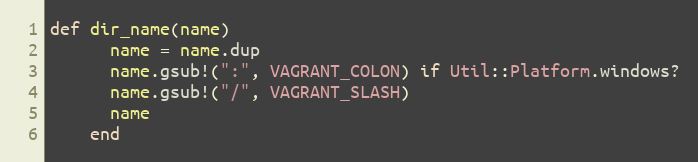
Language: Ruby
def dir_name(name)
      name = name.dup
      name.gsub!(":", VAGRANT_COLON) if Util::Platform.windows?
      name.gsub!("/", VAGRANT_SLASH)
      name
    end